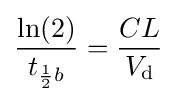
{\frac {\ln(2)}{t_{{\frac {1}{2}}b}}}={\frac {CL}{V_{\text{d}}}}